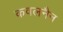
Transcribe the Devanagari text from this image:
कवलनैन